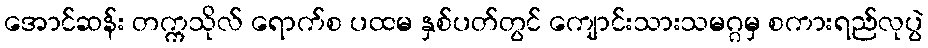
အောင်ဆန်း တက္ကသိုလ် ရောက်စ ပထမ နှစ်ပတ်တွင် ကျောင်းသားသမဂ္ဂမှ စကားရည်လုပွဲ